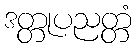
ဒတ္တုပညတ္တံ